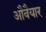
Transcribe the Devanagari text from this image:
औवैयार